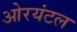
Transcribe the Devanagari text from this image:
ओरयंटल